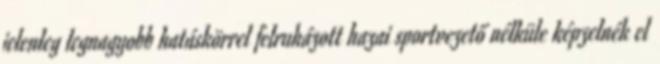
jelenleg legnagyobb hatáskörrel felruházott hazai sportvezető nélküle képzelnék el